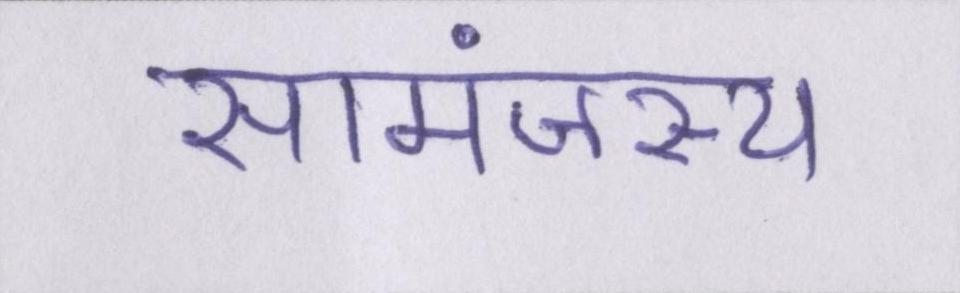
सामंजस्य